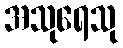
အသုရေသု